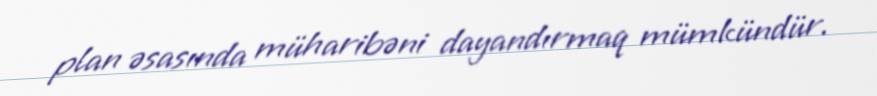
plan əsasında müharibəni dayandırmaq mümkündür.